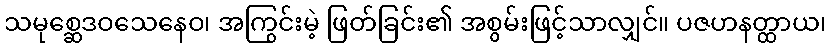
သမုစ္ဆေဒဝသေနေဝ၊ အကြွင်းမဲ့ ဖြတ်ခြင်း၏ အစွမ်းဖြင့်သာလျှင်။ ပဇဟနတ္ထာယ၊